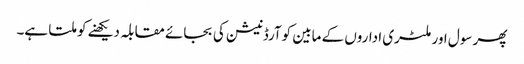
پھر سول اور ملٹری اداروں کے مابین کوآرڈنیشن کی بجائے مقابلہ دیکھنے کو ملتا ہے۔